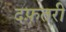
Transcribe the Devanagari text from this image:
दफ़तरी